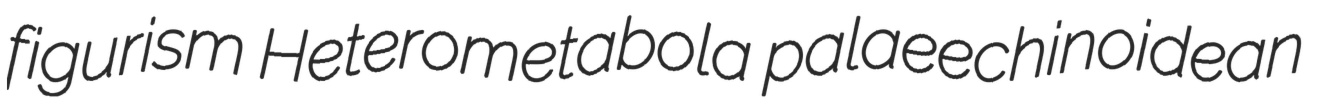
figurism Heterometabola palaeechinoidean